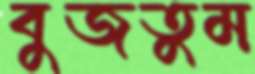
বুজতুম